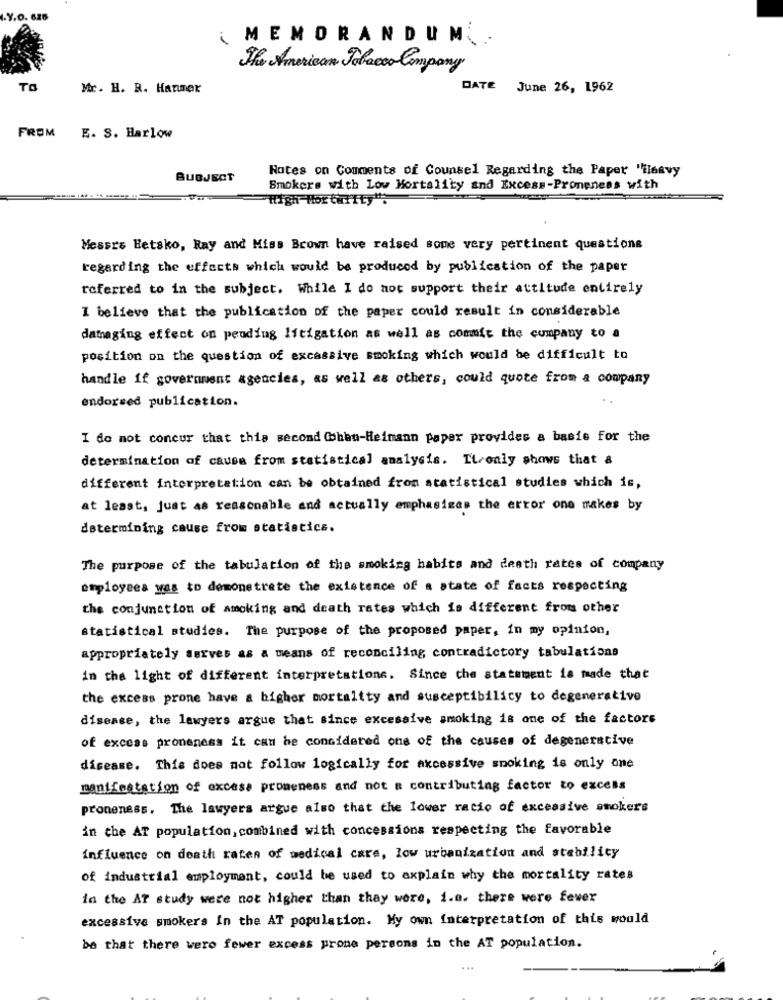
.Y.O. 626
MEMORANDUM .
The American Tobacco Company
TO
Mr. H. R. Hanmer
DATE June 26, 1962
FROM
E. S. Harlow
Notes on Comments of Counsel Regarding the Paper "ileavy
SUBJECT
Smokers with Low Mortality and Excess-Proneness with
"High Mor tuffty".
Messrs Hetsko, Ray and Miss Brown have raised some very pertinent questions
regarding the effects which would be produced by publication of the paper
referred to in the subject. While I do not support their attitude entirely
I believe that the publication of the paper could result in considerable
damaging effect on pending litigation as well as commit the company to a
position on the question of excessive smoking which would be difficult to
handle if government agencies, as well as others, could quote from a company
endorsed publication.
I do not concur that this second Cohen-Heimann paper provides a basis for the
determination of causa from statistical analysis. It only shows that a
different interpretation can be obtained from statistical studies which is,
at least, just as reasonable and actually emphasizes the error one makes by
determining cause from statistics.
The purpose of the tabulation of the smoking habits and death rates of company
employees was to demonstrate the existence of a state of facts respecting
the conjunction of smoking and death rates which is different from other
statistical studies. The purpose of the proposed paper, in my opinion,
appropriately serves as a means of reconciling contradictory tabulations
in the light of different interpretations. Since the statement is made that
the excess prone have a higher mortality and susceptibility to degenerative
disease, the lawyers argue that since excessive smoking is one of the factors
of excess proneness it can be considered one of the causes of degenerative
disease. This does not follow logically for excessive smoking is only one
manifestation of excese proneness and not a contributing factor to excess
proneness, The lawyers argue also that the lower ratio of excessive smokers
in the AT population, combined with concessions respecting the favorable
influence on death raten of medical care, low urbanization and stability
of industrial employment, could be used to axplain why the mortality rates
in the AT study were not higher than they were, i.e. there were fewer
excessive smokers In the AT population. My own Interpretation of this would
be that there were fewer excess prone persons in the AT population.